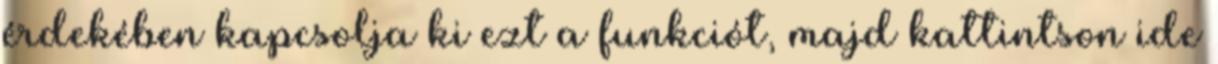
érdekében kapcsolja ki ezt a funkciót, majd kattintson ide